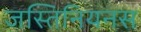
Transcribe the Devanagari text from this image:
जस्तिनियनस